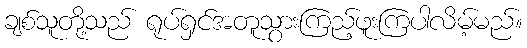
ချစ်သူတို့သည် ရုပ်ရှင်အတူသွားကြည့်ဖူးကြပါလိမ့်မည်။